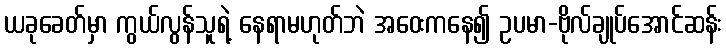
ယခုခေတ်မှာ ကွယ်လွန်သူရဲ့ နေရာမဟုတ်ဘဲ အဝေးကနေ၍ ဥပမာ-ဗိုလ်ချုပ်အောင်ဆန်း